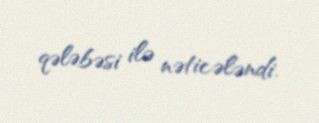
qələbəsi ilə nəticələndi.